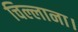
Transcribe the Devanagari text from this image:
चिल्लाना।